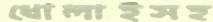
ধোলাইসহ